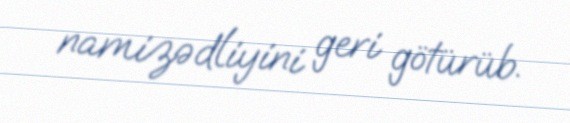
namizədliyini geri götürüb.